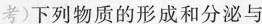
考)下列物质的形成和分泌与